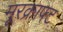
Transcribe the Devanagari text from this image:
मूरक्राफ्ट